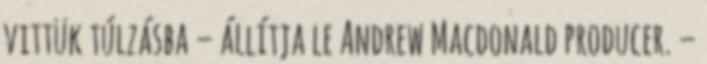
vittük túlzásba – állítja le Andrew Macdonald producer. –